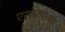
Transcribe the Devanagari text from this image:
एस्तेरुएलस